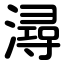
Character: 潯